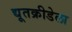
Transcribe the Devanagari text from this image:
द्यूतक्रीडेला